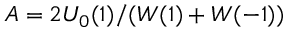
A = 2 U _ { 0 } ( 1 ) / ( W ( 1 ) + W ( - 1 ) )